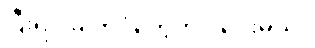
ပြီးရင် ဓါတ်ပုံတွေတင် ပေးမယ်။